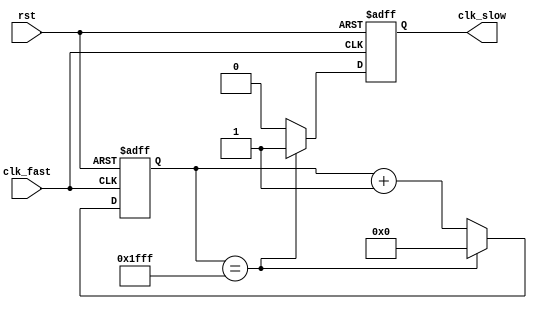
module prescaler #(parameter NBITS=13)(
    input clk_fast,
    input rst,
    
    output reg clk_slow
);

localparam MAX = (2**NBITS)-1;

reg [(NBITS-1) : 0] count;

always@(posedge clk_fast, negedge rst) begin
    if(!rst) begin
        clk_slow <= 1'b0;
        count <= 0;
    end
    else begin
        if(count == MAX) begin
            count <= 0;
            clk_slow <= 1'b1;
        end
        else begin
            count <= count + {{(NBITS-1){1'b0}}, {1'b1}};
            clk_slow <= 1'b0;
        end
    end
end


endmodule